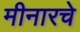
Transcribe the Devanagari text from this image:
मीनारचे